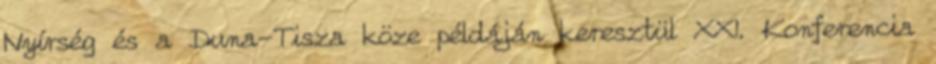
Nyírség és a Duna-Tisza köze példáján keresztül XXI. Konferencia